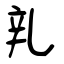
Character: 乵